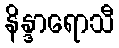
နိန္ဒာရောသီ